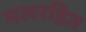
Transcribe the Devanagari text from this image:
मलरहित